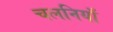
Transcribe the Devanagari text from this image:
चलनियाँ